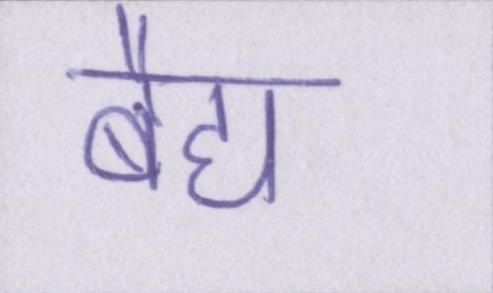
बैद्य